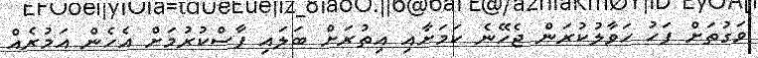
ވަގުތަށް ފަހު ހަވާލުކުރަން ޖެހޭނެ ކަމަށާއި އިތުރަށް ބަލައި ފާސްކުރުމަށް އެހެން އަމުރެއް